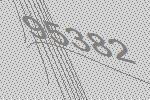
95382